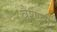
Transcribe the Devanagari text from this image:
वैश्ण्वी